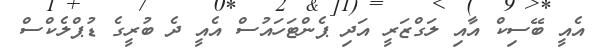
އެއީ ބޭސިކް އާއި ލަގްޒަރީ އަދި ޕެންޓަހައުސް އެއީ ދެ ބުރީގެ ޑުޕްލެކްސް